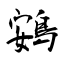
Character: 鴳